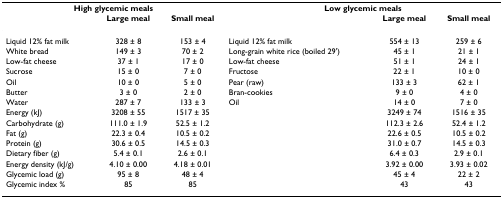
<table><thead><tr><td colspan="3"><b>High glycemic meals</b></td><td colspan="3"><b>Low glycemic meals</b></td></tr><tr><td></td><td><b>Large meal</b></td><td><b>Small meal</b></td><td></td><td><b>Large meal</b></td><td><b>Small meal</b></td></tr></thead><tbody><tr><td>Liquid 12% fat milk</td><td>328 ± 8</td><td>153 ± 4</td><td>Liquid 12% fat milk</td><td>554 ± 13</td><td>259 ± 6</td></tr><tr><td>White bread</td><td>149 ± 3</td><td>70 ± 2</td><td>Long-grain white rice (boiled 29&#x27;)</td><td>45 ± 1</td><td>21 ± 1</td></tr><tr><td>Low-fat cheese</td><td>37 ± 1</td><td>17 ± 0</td><td>Low-fat cheese</td><td>51 ± 1</td><td>24 ± 1</td></tr><tr><td>Sucrose</td><td>15 ± 0</td><td>7 ± 0</td><td>Fructose</td><td>22 ± 1</td><td>10 ± 0</td></tr><tr><td>Oil</td><td>10 ± 0</td><td>5 ± 0</td><td>Pear (raw)</td><td>133 ± 3</td><td>62 ± 1</td></tr><tr><td>Butter</td><td>3 ± 0</td><td>2 ± 0</td><td>Bran-cookies</td><td>9 ± 0</td><td>4 ± 0</td></tr><tr><td>Water</td><td>287 ± 7</td><td>133 ± 3</td><td>Oil</td><td>14 ± 0</td><td>7 ± 0</td></tr><tr><td>Energy (kJ)</td><td>3208 ± 55</td><td>1517 ± 35</td><td></td><td>3249 ± 74</td><td>1516 ± 35</td></tr><tr><td>Carbohydrate (g)</td><td>111.0 ± 1.9</td><td>52.5 ± 1.2</td><td></td><td>112.3 ± 2.6</td><td>52.4 ± 1.2</td></tr><tr><td>Fat (g)</td><td>22.3 ± 0.4</td><td>10.5 ± 0.2</td><td></td><td>22.6 ± 0.5</td><td>10.5 ± 0.2</td></tr><tr><td>Protein (g)</td><td>30.6 ± 0.5</td><td>14.5 ± 0.3</td><td></td><td>31.0 ± 0.7</td><td>14.5 ± 0.3</td></tr><tr><td>Dietary fiber (g)</td><td>5.4 ± 0.1</td><td>2.6 ± 0.1</td><td></td><td>6.4 ± 0.3</td><td>2.9 ± 0.1</td></tr><tr><td>Energy density (kJ/g)</td><td>4.10 ± 0.00</td><td>4.18 ± 0.01</td><td></td><td>3.92 ± 0.00</td><td>3.93 ± 0.02</td></tr><tr><td>Glycemic load (g)</td><td>95 ± 8</td><td>48 ± 4</td><td></td><td>45 ± 4</td><td>22 ± 2</td></tr><tr><td>Glycemic index %</td><td>85</td><td>85</td><td></td><td>43</td><td>43</td></tr></tbody></table>